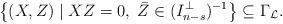
LaTeX: \begin{align*} \left\lbrace (X,Z) \mid XZ = 0,\; \bar Z \in (I_{n-s}^\perp)^{-1} \right\rbrace \subseteq \Gamma_{\mathcal{L}}.\end{align*}